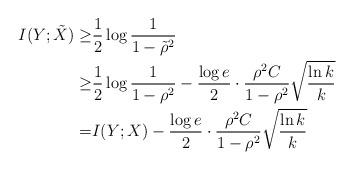
LaTeX: \begin{align*}I(Y;\tilde{X})\ge&\frac{1}{2}\log\frac{1}{1-\tilde{\rho}^2}\\\ge&\frac{1}{2}\log\frac{1}{1-\rho^2}-\frac{\log e}{2}\cdot\frac{\rho^2 C}{1-\rho^2}\sqrt{\frac{\ln k}{k}}\\=&I(Y;X)-\frac{\log e}{2}\cdot\frac{\rho^2 C}{1-\rho^2}\sqrt{\frac{\ln k}{k}}\end{align*}